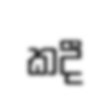
කදී